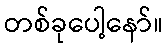
တစ်ခုပေါ့နော်။